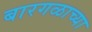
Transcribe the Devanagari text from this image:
बारगळाच्या